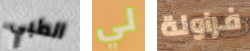
الطبي لي فراولة